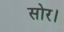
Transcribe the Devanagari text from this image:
सोर।